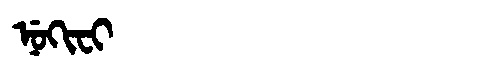
Manchu: ᠨᡠᡴᡳᠸᡳ
Romanization: NUKIFI